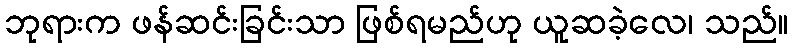
ဘုရားက ဖန်ဆင်းခြင်းသာ ဖြစ်ရမည်ဟု ယူဆခဲ့လေ၊ သည်။